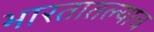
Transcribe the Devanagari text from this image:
भारतातल्याच